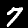
Digit: 7